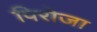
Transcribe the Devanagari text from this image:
पिरोजा